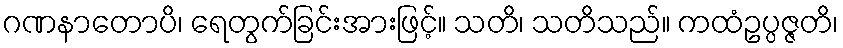
ဂဏနာတောပိ၊ ရေတွက်ခြင်းအားဖြင့်။ သတိ၊ သတိသည်။ ကထံဥပ္ပဇ္ဇတိ၊